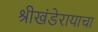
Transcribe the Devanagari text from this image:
श्रीखंडेरायाचा